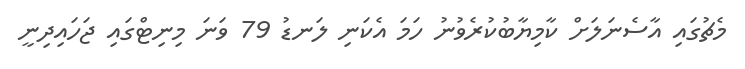
މެޗުގައި އާސެނަލަށް ކާމިޔާބުކުރެވުނު ހަމަ އެކަނި ލަނޑު 79 ވަނަ މިނިޓްގައި ޖަހައިދިނީ